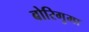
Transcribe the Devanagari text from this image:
बोरिगुमा